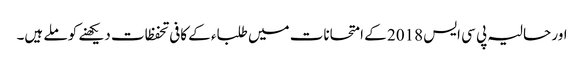
اور حالیہ پی سی ایس 2018 کے امتحانات میں طلباء کے کافی تحفظات دیکھنے کو ملے ہیں۔